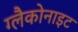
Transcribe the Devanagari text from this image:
ग्लैकोनाइट